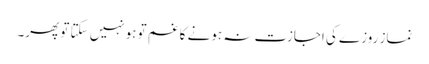
نماز روزے کی اجازت نہ ہونے کا غم تو ہونہیں سکتا تو پھر۔